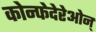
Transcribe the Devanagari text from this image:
कोन्फेदेरेओन्